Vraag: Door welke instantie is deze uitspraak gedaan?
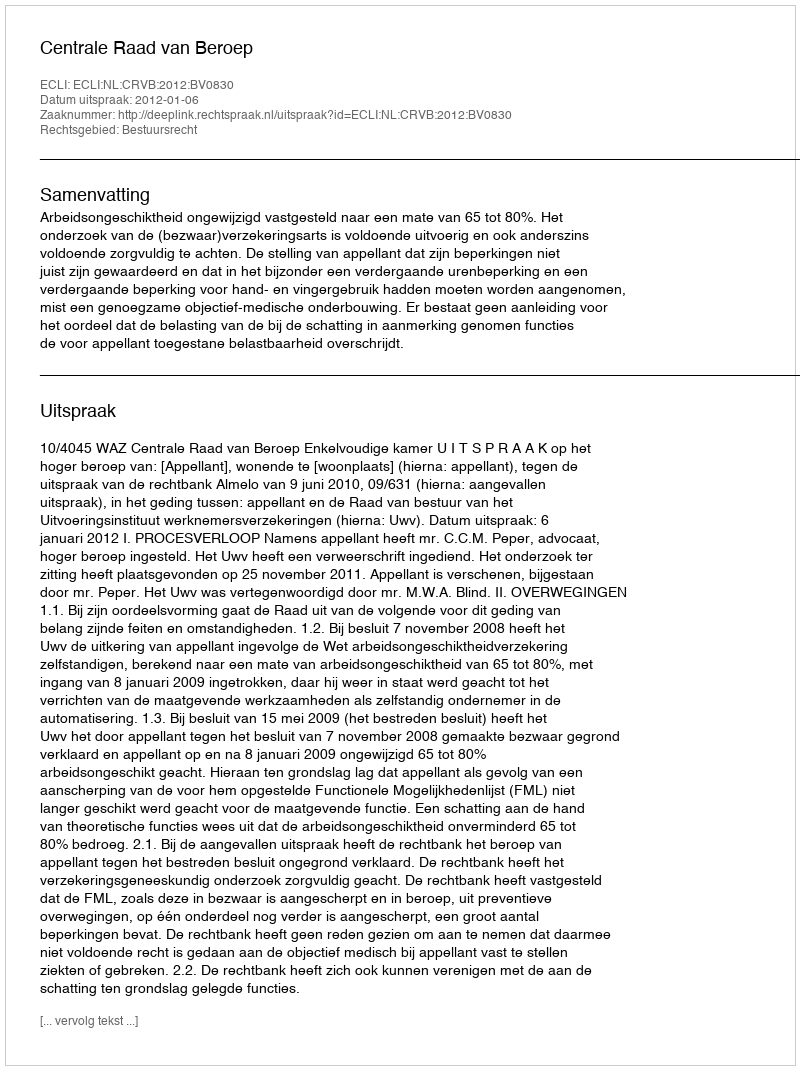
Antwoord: Centrale Raad van Beroep